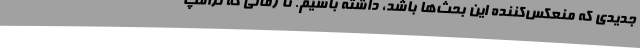
جدیدی که منعکس‌کننده این بحث‌ها باشد، داشته باشیم. تا زمانی که ترامپ